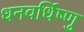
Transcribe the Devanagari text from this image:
धनवर्धिष्णु